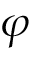
\varphi